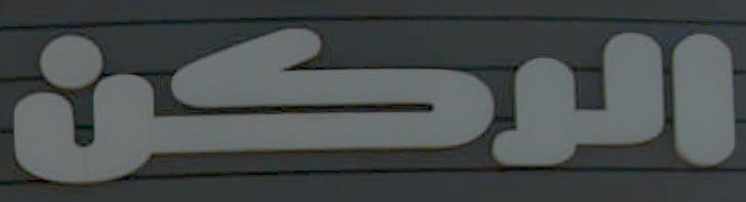
الركن